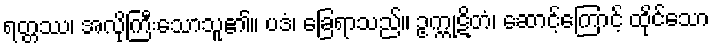
ရတ္တဿ၊ အလိုကြီးသောသူ၏။ ပဒံ၊ ခြေရာသည်။ ဥက္ကုဋိတံ၊ ဆောင့်ကြောင့် ထိုင်သော